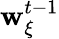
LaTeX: \mathbf{w}_{\xi}^{t-1}